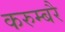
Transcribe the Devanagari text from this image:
करुम्बरै